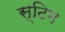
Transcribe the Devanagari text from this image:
स्टिम